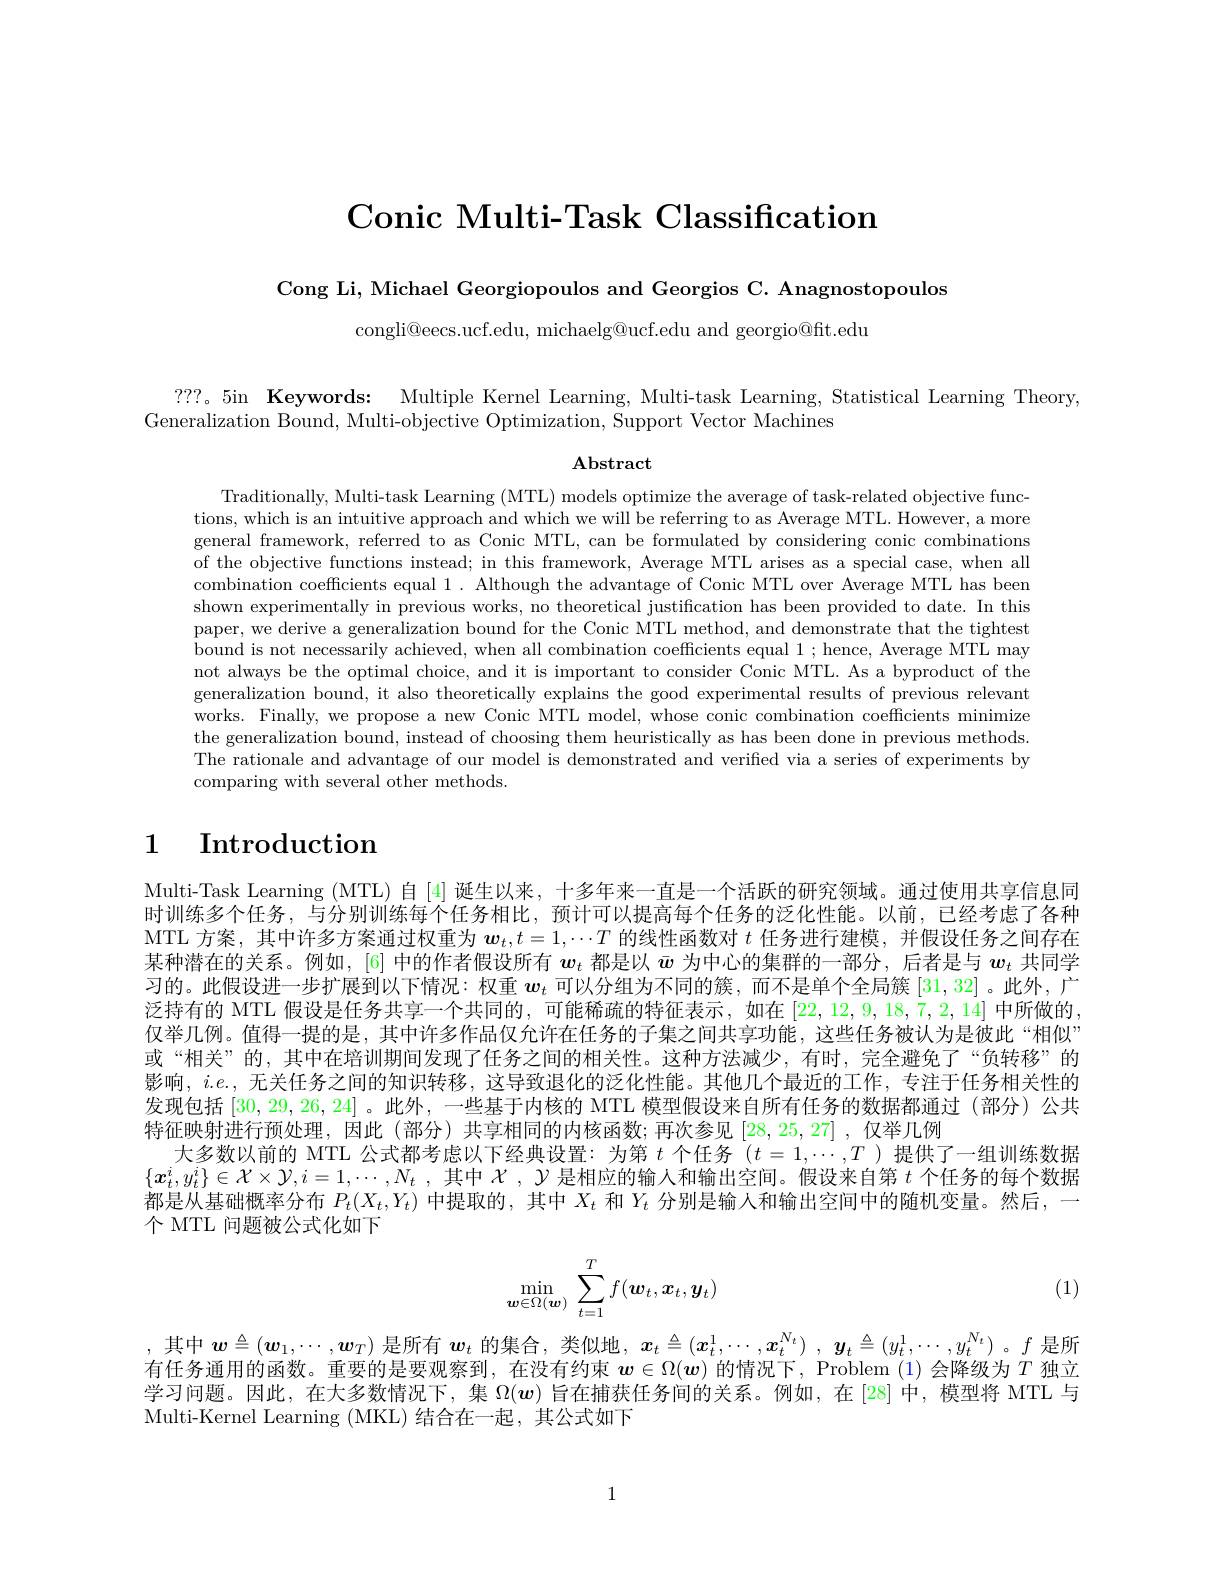
Conic Multi-Task Classification

Cong Li, Michael Georgiopoulos and Georgios C. Anagnostopoulos

congli@eecs.ucf.edu, michaelg@ucf.edu and georgio@ft.edu

? ? ? 。5in $\mathbf{Keywords: }$ Multiple Kernel Learning, Multi-task Learning, Statistical Learning Theory,
Generalization Bound, Multi-objective Optimization, Support Vector Machines

$\mathbf{Abstract}$

Traditionally, Multi-task Learning (MTL) models optimize the average of task-related objective functions, which is an intuitive approach and which we will be referring to as Average MTL. However, a more general framework, referred to as Conic MTL, can be formulated by considering conic combinations of the objective functions instead; in this framework, Average MTL arises as a special case, when all combination coefficients equal 1. Although the advantage of Conic MTL over Average MTL has been shown experimentally in previous works, no theoretical justification has been provided to date. In this paper, we derive a generalization bound for the Conic MTL method, and demonstrate that the tightest bound is not necessarily achieved, when all combination coefficients equal 1; hence, Average MTL may not always be the optimal choice, and it is important to consider Conic MTL. As a byproduct of the generalization bound, it also theoretically explains the good experimental results of previous relevant works. Finally, we propose a new Conic MTL model, whose conic combination coefficients minimize the generalization bound, instead of choosing them heuristically as has been done in previous methods The rationale and advantage of our model is demonstrated and verified via a series of experiments by comparing with several other methods.

# 1 Introduction

Multi-Task Learning (MTL)自[4] 诞生以来，十多年来一直是一个活跃的研究领域。通过使用共享信息同时训练多个任务，与分别训练每个任务相比，预计可以提高每个任务的泛化性能。以前，已经考虑了各种MTL 方案，其中许多方案通过权重为$\boldsymbol{w}_t,t=1,\cdots T$的线性函数对$t$任务进行建模，并假设任务之间存在某种潜在的关系。例如，[6] 中的作者假设所有$w_t$都是以$\bar{w}$为中心的集群的一部分，后者是与$w_t$共同学习的。此假设进一步扩展到以下情况：权重$\boldsymbol{w}_t$可以分组为不同的簇，而不是单个全局簇[31,32]。此外，广泛持有的 MTL 假设是任务共享一个共同的，可能稀疏的特征表示，如在[22,12,9,18,7,2,14]中所做的， 仅举几例。值得一提的是，其中许多作品仅允许在任务的子集之间共享功能，这些任务被认为是彼此“相似” 或“相关”的，其中在培训期间发现了任务之间的相关性。这种方法减少，有时，完全避免了“负转移”的影响，$i.e.$,无关任务之间的知识转移，这导致退化的泛化性能。其他几个最近的工作，专注于任务相关性的发现包括[30,29,26,24] 。此外，一些基于内核的 MTL 模型假设来自所有任务的数据都通过(部分)公共特征映射进行预处理，因此 (部分) 共享相同的内核函数；再次参见[28,25,27] ,仅举几例
大多数以前的 MTL 公式都考虑以下经典设置：为第$t$个任务$(t=1,\cdots,T$ )提供了一组训练数据$\{ \boldsymbol{x}_t^i, y_t^i\} \in \mathcal{X} \times \mathcal{Y} , i= 1, \cdots , N_t$ ,其中$\mathcal{X},\mathcal{Y}$是相应的输人和输出空间。假设来自第$t$个任务的每个数据都是从基础概率分布$P_t(X_t,Y_t)$中提取的，其中$X_t$和$Y_t$分别是输人和输出空间中的随机变量。然后，一个 MTL 问题被公式化如下
$$\min_{\boldsymbol{w}\in\Omega(\boldsymbol{w})}\:\sum_{t=1}^Tf(\boldsymbol{w}_t,\boldsymbol{x}_t,\boldsymbol{y}_t)$$
(1)

,其中$\boldsymbol w\triangleq(\boldsymbol w_1,\cdots,\boldsymbol w_T)$是所有$\boldsymbol w_t$的集合，类似地$, \boldsymbol{x}_t\triangleq ( x_t^1, \cdots , \boldsymbol{x}_t^{N_t})$ $, \boldsymbol{y}_t\triangleq ( y_t^1, \cdots , y_t^{N_t})$。$f$是所有任务通用的函数。重要的是要观察到，在没有约束$\boldsymbol{w}\in\Omega(\boldsymbol{w})$的情况下，Problem (1)会降级为$T$独立学习问题。因此，在大多数情况下，集$\Omega(\boldsymbol{w})$旨在捕获任务间的关系。例如，在[28]中，模型将 MTL 与Multi-Kernel Learning (MKL) 结合在一起，其公式如下

1